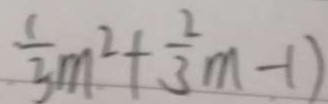
\frac { 1 } { 3 } m ^ { 2 } + \frac { 2 } { 3 } m - 1 )